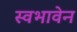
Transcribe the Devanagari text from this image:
स्वभावेन